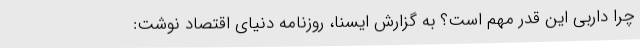
چرا داربی این قدر مهم است؟ به گزارش ایسنا، روزنامه دنیای اقتصاد نوشت: